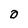
Character: O